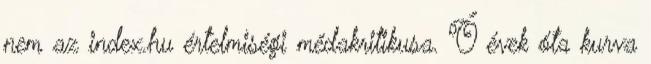
nem az index.hu értelmiségi médakritikusa. Ő évek óta kurva